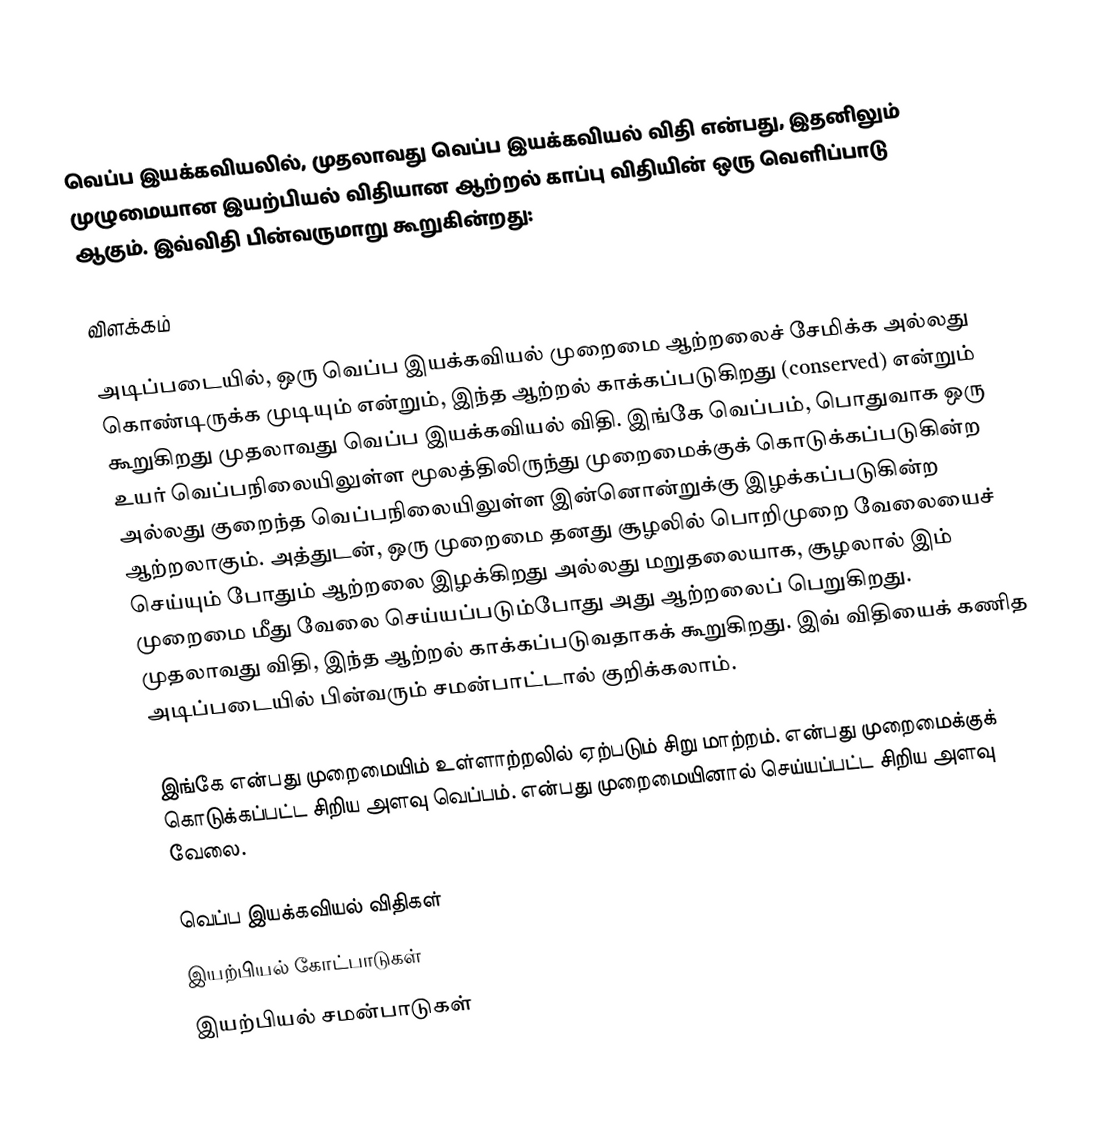
வெப்ப இயக்கவியலில், முதலாவது வெப்ப இயக்கவியல் விதி என்பது, இதனிலும் முழுமையான இயற்பியல் விதியான ஆற்றல் காப்பு விதியின் ஒரு வெளிப்பாடு ஆகும். இவ்விதி பின்வருமாறு கூறுகின்றது:

விளக்கம்

அடிப்படையில், ஒரு வெப்ப இயக்கவியல் முறைமை ஆற்றலைச் சேமிக்க அல்லது கொண்டிருக்க முடியும் என்றும், இந்த ஆற்றல் காக்கப்படுகிறது (conserved) என்றும் கூறுகிறது முதலாவது வெப்ப இயக்கவியல் விதி. இங்கே வெப்பம், பொதுவாக ஒரு உயர் வெப்பநிலையிலுள்ள மூலத்திலிருந்து முறைமைக்குக் கொடுக்கப்படுகின்ற அல்லது குறைந்த வெப்பநிலையிலுள்ள இன்னொன்றுக்கு இழக்கப்படுகின்ற ஆற்றலாகும். அத்துடன், ஒரு முறைமை தனது சூழலில் பொறிமுறை வேலையைச் செய்யும் போதும் ஆற்றலை இழக்கிறது அல்லது மறுதலையாக, சூழலால் இம் முறைமை மீது வேலை செய்யப்படும்போது அது ஆற்றலைப் பெறுகிறது. முதலாவது விதி, இந்த ஆற்றல் காக்கப்படுவதாகக் கூறுகிறது. இவ் விதியைக் கணித அடிப்படையில் பின்வரும் சமன்பாட்டால் குறிக்கலாம்.

இங்கே  என்பது முறைமையிம் உள்ளாற்றலில் ஏற்படும் சிறு மாற்றம்.  என்பது முறைமைக்குக் கொடுக்கப்பட்ட சிறிய அளவு வெப்பம்.  என்பது முறைமையினால் செய்யப்பட்ட சிறிய அளவு வேலை.

வெப்ப இயக்கவியல் விதிகள்
இயற்பியல் கோட்பாடுகள்
இயற்பியல் சமன்பாடுகள்